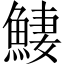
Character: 𩸸